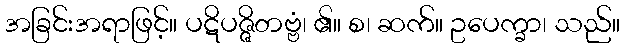
အခြင်းအရာဖြင့်။ ပဋိပဇ္ဇိတဗ္ဗံ၊ ၏။ စ၊ ဆက်။ ဥပေက္ခာ၊ သည်။